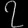
Digit: ၇